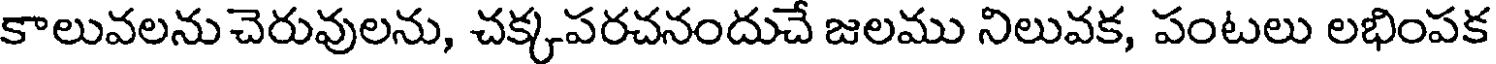
కాలువలను చెరువులను, చక్కపరచనందుచే జలము నిలువక, పంటలు లభింపక